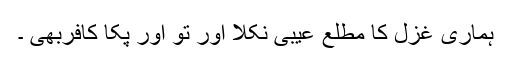
ہماری غزل کا مطلع عیبی نکلا اور تو اور پکا کافربھی ۔